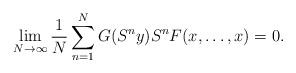
LaTeX: \begin{align*}\lim_{N\to\infty}\frac1N\sum_{n=1}^N G(S^ny) S^n F(x,\ldots, x)=0.\end{align*}